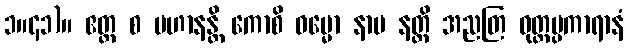
၁။၄၁)။ ဧတ္ထ စ ပဟာနန္တိ ကောစိ ဓမ္မော နာမ နတ္ထိ အညတြ ဝုတ္တပ္ပကာရာနံ